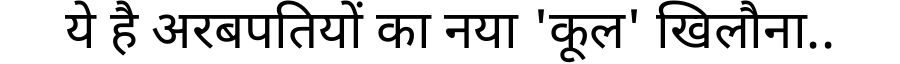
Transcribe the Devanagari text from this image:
ये है अरबपतियों का नया 'कूल' खिलौना..